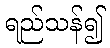
ရည်သန်၍